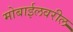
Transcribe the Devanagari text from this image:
मोबाईलवरील